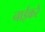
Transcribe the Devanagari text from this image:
नाईकरे